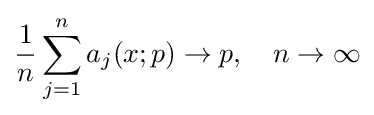
{\frac {1}{n}}\sum _{j=1}^{n}a_{j}(x;p)\to p,\quad n\to \infty